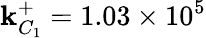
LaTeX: \mathbf{k}_{C_{1}}^{+}=1.03\times10^{5}